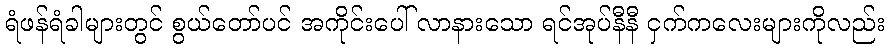
ရံဖန်ရံခါများတွင် စွယ်တော်ပင် အကိုင်းပေါ် လာနားသော ရင်အုပ်နီနီ ငှက်ကလေးများကိုလည်း